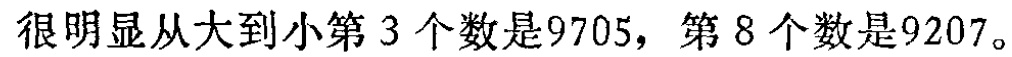
很明显从大到小第 3 个数是9705，第 8 个数是9207。